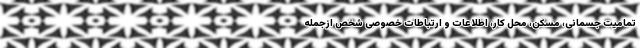
تمامیت جسمانی، مسکن، محل کار، اطلاعات و ارتباطات خصوصی شخص ازجمله